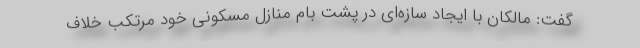
گفت: مالکان با ایجاد سازه‌ای در پشت بام منازل مسکونی خود مرتکب خلاف